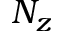
N _ { z }